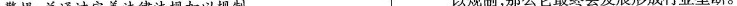
警惕，并通过完善法律法规加以规制。以规制，那么它最终会发展形成行业垄断。